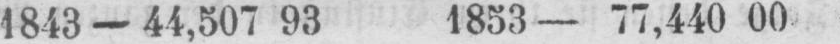
1843 - 44,507 93 1853 - 77,440 00